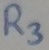
Text: R3